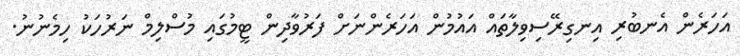
އަހަރެން އެނބުރި އިނގިރޭސިވިލާތައް އައުމުން އަހަރެންނަށް ފަރުވާދިން ޓީމުގައި މުސްލިމް ނަރުހަކު ހިމެނުނު.